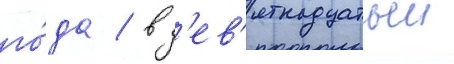
го́да / в д'ев'ятнадцатыи